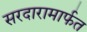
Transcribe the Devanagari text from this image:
सरदारामार्फत